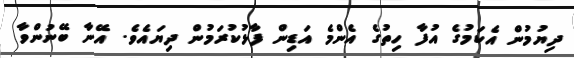
ދިޔުމުން އެކަމުގެ އުފާ ހިތުގެ އެންމެ އަޑިން ފާޅުކުރަމުން ދިޔައެވެ. އޭނާ ބޭނުންވާ